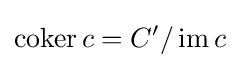
\operatorname {coker} c=C'/\operatorname {im} c